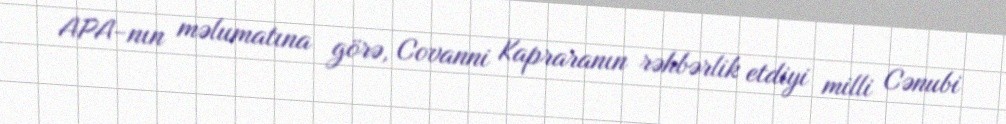
APA-nın məlumatına görə, Covanni Kapraranın rəhbərlik etdiyi milli Cənubi